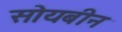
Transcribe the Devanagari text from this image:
सोयबीन